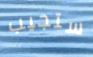
ستجيب